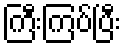
ကြီးကြပ်ပြီး